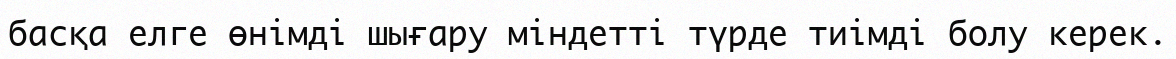
басқа елге өнімді шығару міндетті түрде тиімді болу керек.